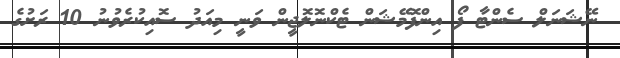
ނޭޝަނަލް ސެންޓާ ފޯ އިންފޮމޭޝަން ޓެކްނޮލޮޖީން ވަނީ މިއަދު ސޮއިކުރެވުނު 10 ރަށުގެ